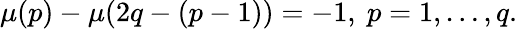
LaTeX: \mu(p)-\mu(2q-(p-1))=-1,\mathtt{\ }p=1,\dots,q.